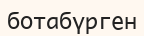
ботабүрген